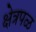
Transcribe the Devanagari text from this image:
क्षेत्रपळ